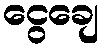
ငွေချေ